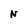
Character: N